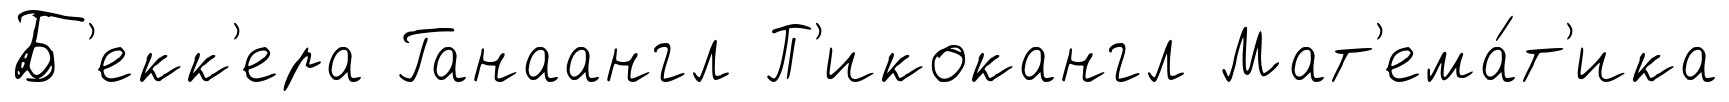
Б'екк'ера Ганаангл П'икокангл Мат'ема́т'ика